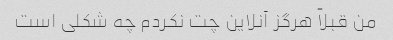
من قبلاً هرگز آنلاین چت نکردم چه شکلی است